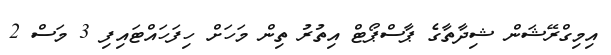
އިމިގްރޭޝަން ޝިދާތާގެ ޕާސްޕޯޓް އިތުރު ތިން މަހަށް ހިފަހައްޓައިފި 3 މަސް 2